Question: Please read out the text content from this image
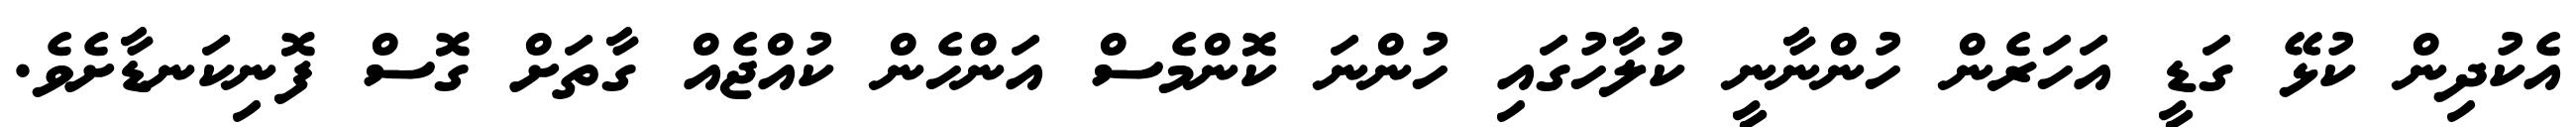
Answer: އެކުދިން ކުޅޭ ގަޑީ އަހަރެން ހުންނާނީ ކުލާހުގައި ހުންނަ ކޮންމެސް އަންހެން ކުއްޖެއް ގާތަށް ގޮސް ފޮނިކަނޑާށެވެ.